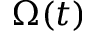
\Omega ( t )